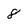
Character: 8